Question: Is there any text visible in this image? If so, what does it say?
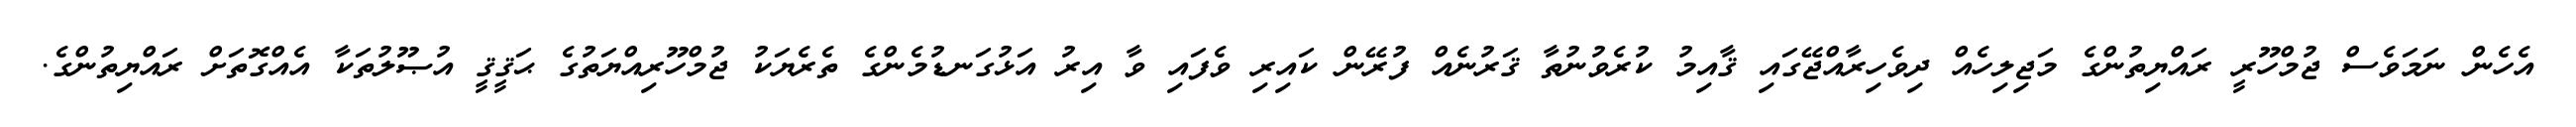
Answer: އެހެން ނަމަވެސް ޖުމްހޫރީ ރައްޔިތުންގެ މަޖިލިހެއް ދިވެހިރާއްޖޭގައި ޤާއިމު ކުރެވުނުތާ ޤަރުނެއް ފުރޭން ކައިރި ވެފައި ވާ އިރު އަޅުގަނޑުމެންގެ ތެރެޔަކު ޖުމްހޫރިއްޔަތުގެ ޙަޤީޤީ އުޞޫލުތަކާ އެއްގޮތަށް ރައްޔިތުންގެ.